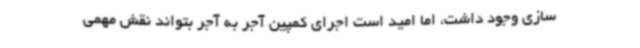
سازی وجود داشت، اما امید است اجرای کمپین آجر به آجر بتواند نقش مهمی